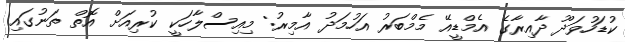
ކުޑަހުވަދޫ ދާއިރާގެ އެމްޑީއޭ މެމްބަރު އަހުމަދު އާމިރު: މިއިސްލާހަކީ ކުރިއަށް އޮތް ތަނުގައި